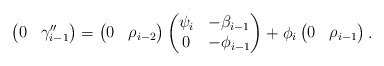
\begin{align*}\begin{pmatrix}0 & \gamma''_{i-1}\end{pmatrix}= \begin{pmatrix}0 & \rho_{i-2}\end{pmatrix}\begin{pmatrix}\psi_i & -\beta_{i-1}\\0 & -\phi_{i-1} \\\end{pmatrix}+ \phi_{i}\begin{pmatrix}0 & \rho_{i-1}\end{pmatrix}.\end{align*}